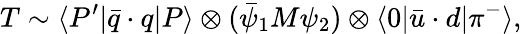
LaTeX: T\sim\langle P^{\prime}|\bar{q}\cdot q|P\rangle\otimes(\bar{\psi}_{1}M\psi_{2})\otimes\langle 0|\bar{u}\cdot d|\pi^{-}\rangle,